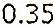
0.35